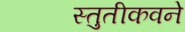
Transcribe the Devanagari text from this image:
स्तुतीकवने